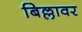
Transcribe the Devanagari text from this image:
बिल्लावर